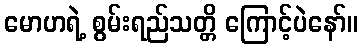
မောဟရဲ့ စွမ်းရည်သတ္တိ ကြောင့်ပဲနော်။